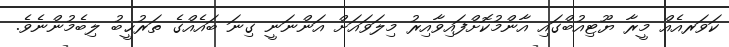
ކަވަރއެއް މީރާ ޔޫޓިއުބްގައި އާންމުކޮށްފައިވާއިރު މިލަވައަށް އަންނަނީ ގިނަ ބައެއްގެ ތަރުޙީބު ލިބެމުންނެވެ.